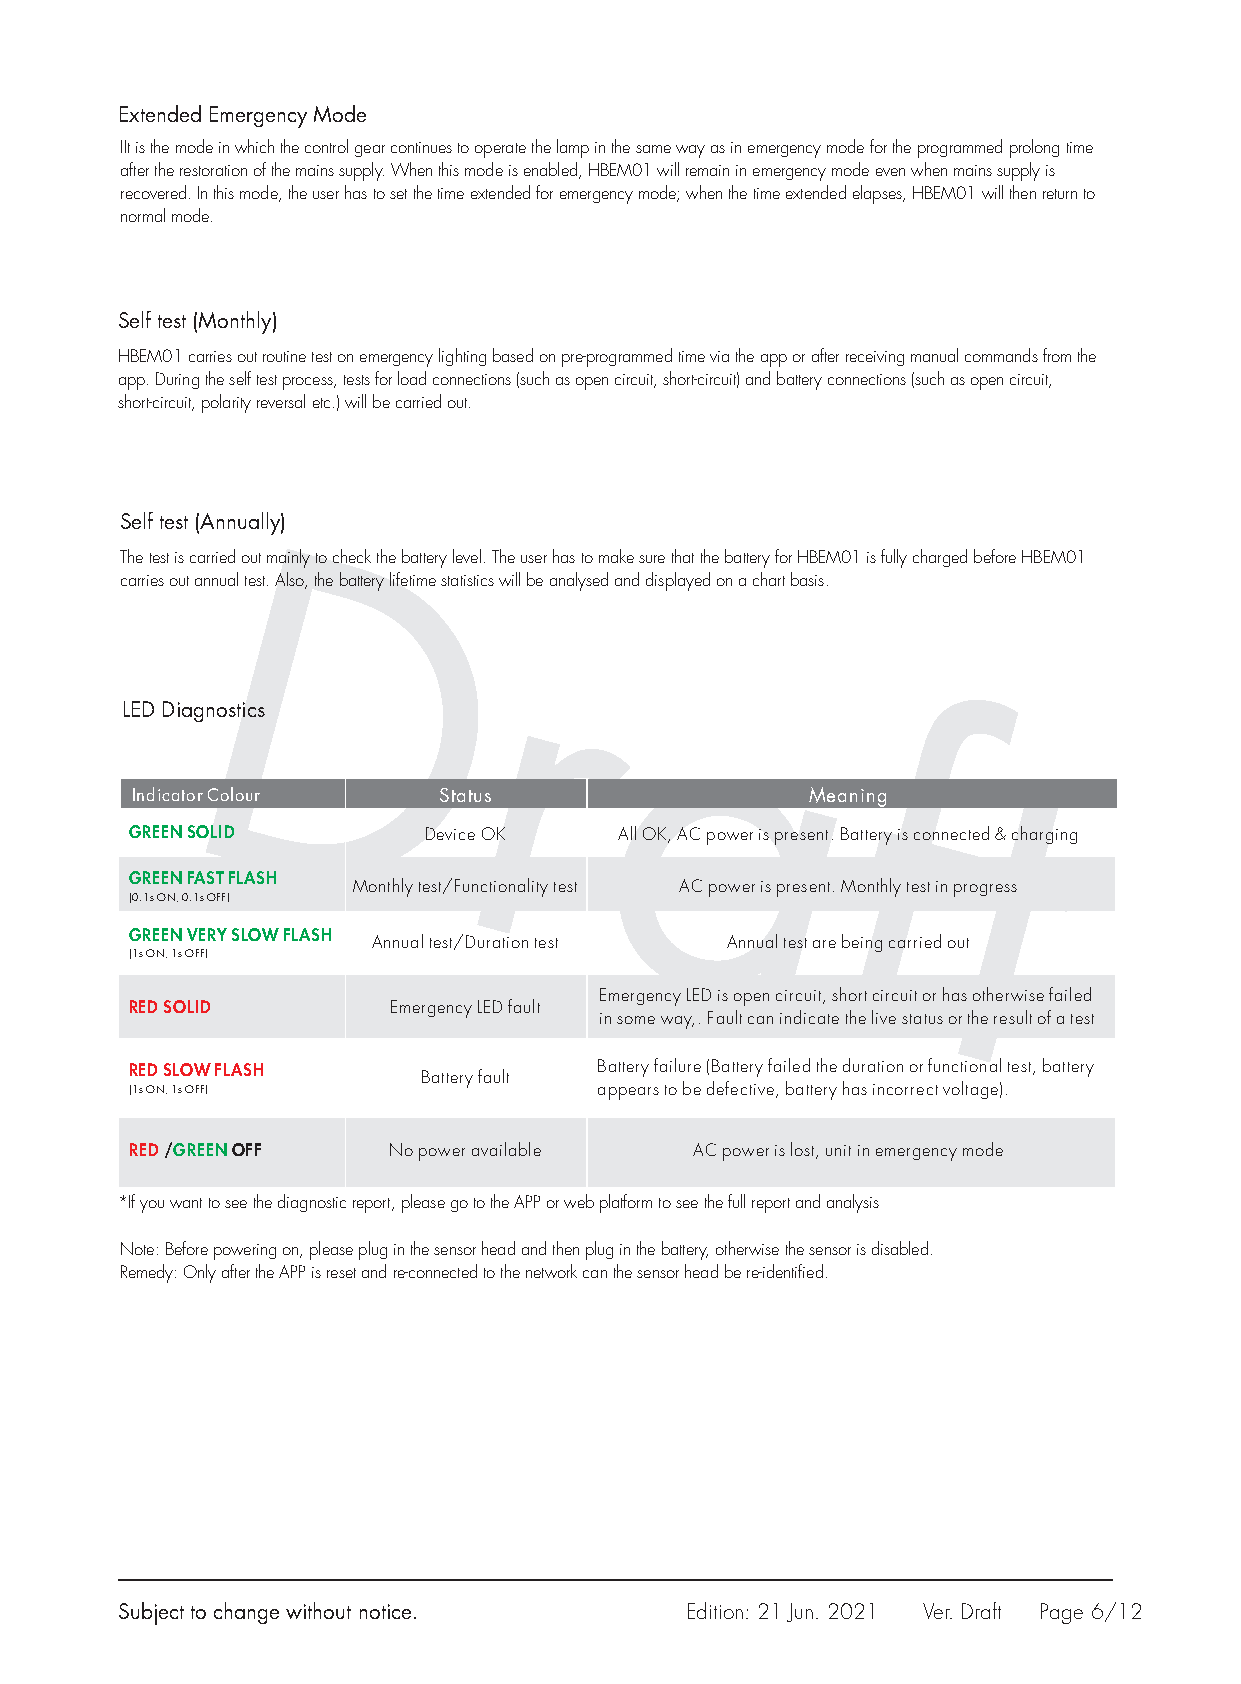
Extended Emergency Mode
 IIt is the mode in which the control gear continues to operate the lamp in the same way as in emergency mode for the programmed prolong time
 after the restoration of the mains supply. When this mode is enabled, HBEM01 will remain in emergency mode even when mains supply is
 recovered. In this mode, the user has to set the time extended for emergency mode; when the time extended elapses, HBEM01 will then return to
 normal mode.
 Self test (Monthly)
 HBEM01 carries out routine test on emergency lighting based on pre-programmed time via the app or after receiving manual commands from the
 app. During the self test process, tests for load connections (such as open circuit, short-circuit) and battery connections (such as open circuit,
 short-circuit, polarity reversal etc.) will be carried out.
 Self test (Annually)
 The test is carried out mainly to check the battery level. The user has to make sure that the battery for HBEM01 is fully charged before HBEM01
 carries out annual test. Also, the battery lifetime statistics will be analysed and displayed on a chart basis.
 D
 D
 r
 r
 LED Diagnostics
 a
 a                                                   f
 f        Indicator Colour    Status                   Meaning t
 t
 GREEN SOLID        Device OK    All OK, AC power is present. Battery is connected & charging
 GREEN FAST FLASH
 Monthly test/Functionality test AC power is present. Monthly test in progress
 (0.1s ON, 0.1s OFF)
 GREEN VERY SLOW FLASH
 Annual test/Duration test Annual test are being carried out
 (1s ON, 1s OFF)
 Emergency LED is open circuit, short circuit or has otherwise failed
 RED SOLID        Emergency LED fault
 in some way,. Fault can indicate the live status or the result of a test
 RED SLOW FLASH                 Battery failure (Battery failed the duration or functional test, battery
 Battery fault
 (1s ON, 1s OFF)                appears to be defective, battery has incorrect voltage).
 RED /GREEN OFF   No power available  AC power is lost, unit in emergency mode
 *If you want to see the diagnostic report, please go to the APP or web platform to see the full report and analysis
 Note: Before powering on, please plug in the sensor head and then plug in the battery, otherwise the sensor is disabled.
 Remedy: Only after the APP is reset and re-connected to the network can the sensor head be re-identified.
 Subject to change without notice.    Edition: 21 Jun. 2021 Ver. Draft Page 6/12